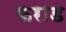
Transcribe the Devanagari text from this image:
फराड